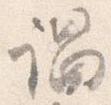
謂